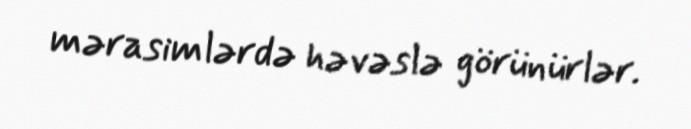
mərasimlərdə həvəslə görünürlər.